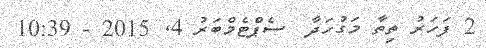
2 ފަހަރު ތިތާ މަގުހަދާ  ސެޕްޓެމްބަރު 4